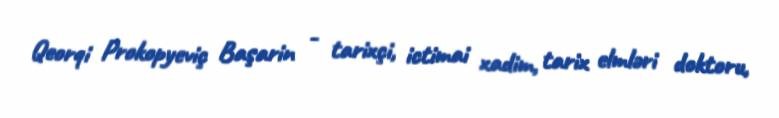
Qeorqi Prokopyeviç Başarin - tarixçi, ictimai xadim, tarix elmləri doktoru,